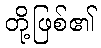
တို့ဖြစ်၏